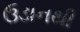
ઉડાનથી